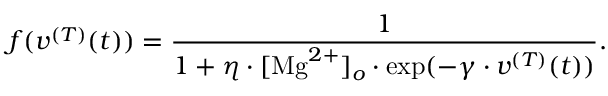
f ( v ^ { ( T ) } ( t ) ) = \frac { 1 } { 1 + \eta \cdot [ \mathrm { M g } ^ { 2 + } ] _ { o } \cdot \exp ( - \gamma \cdot v ^ { ( T ) } ( t ) ) } .